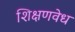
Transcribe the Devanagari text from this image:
शिक्षणवेध